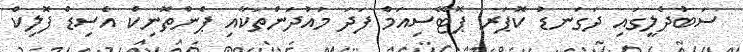
ސަބުދެލީގައި ދަގަނޑު ކޮޕަރ ޕޮޓޭސިއަމް ފަދަ މައުދަންތަކާއި ޕެންތޮނިކް އެސިޑް ފޮލިކް